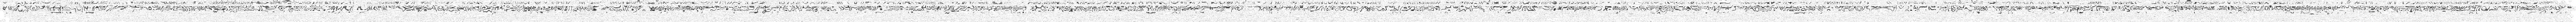
ސިފައިންގެމައިމަރުކަޒަށްޙަމަލާދިންވަގުތުއެމަރުކަޒުގެމައިގޭޓުގައިޓާސްކްފޯސްޑިއުޓީގައިތިއްބެވިދެބޭކަލުންގެތެރެއިންއެއްބޭކަލަކީކޯޕްރަލްޙުސައިންއާދަމެވެ. މިމަޤާމުގައިފިސާރިސާބިތުކަންމަތީހުންނަވައިކޯޕްރަލްޙުސައިންއާދަމް ދުސްމިނުންދެމުންގެންދިޔަބަޑީގެވަރުގަދަޙަމަލާތަކުންސިފައިންގެމައިމަރުކަޒުދިފާޢުކުރުމަށްޓަކައިމަސައްކަތްކުރައްވަމުންގެންދަވަނިކޮށް ކޯޕްރަލްޙުސައިންއާދަމުގެހަށިގަނޑުގެއެތަންމިތަނަށްވަޒަންއަރައިޝަހީދުވިއެވެ. ކޯޕްރަލްޙުސައިންއާދަމްމިޢުދުވާނީޙަމަލާގެއެންމެފުރަތަމަވަގުތުކޮޅުގެތެރޭގައިސިފައިންގެމައިމަރުކަޒުދިފާޢުކުރުމުގައިއެންމެމުހިންމުބައިކުޅުއްވާ ހިތްވަރުގަދަކެރޭސިފައިންގެމީހެއްކަންސާބިތުކޮށްދެއްވިއެވެ. ކޯޕްރަލްޙުސައިންއާދަމް މިކުރެއްވިހިތްވަރުގަދަޤައުމީޖިހާދުގެއަގުދިވެހިދައުލަތުންވަޒަންކުރައްވައި ޕްރައިވެޓެއްގެމަޤާމުންކޯޕްރަލްގެމަޤާމަށްޕްރޮމޯޓްކުރައްވައިމެޑަލްފޮރއެކްސެޕްޝަނަލްބްރޭވަރީ (ހުރަވީރަންމެޑަލް)އާއި